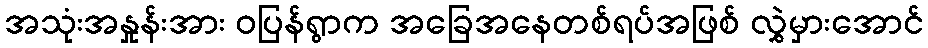
အသုံးအနှုန်းအား ဝပြန်ရွာက အခြေအနေတစ်ရပ်အဖြစ် လွှဲမှားအောင်